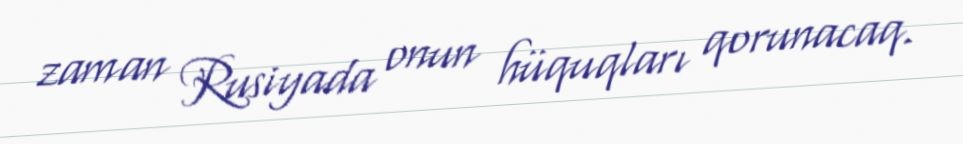
zaman Rusiyada onun hüquqları qorunacaq.